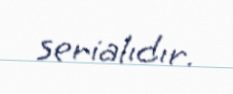
serialıdır.